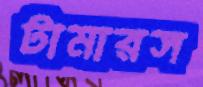
টামারস